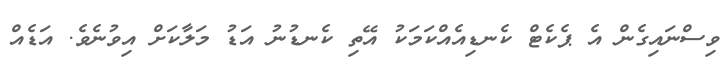
ވިސްނައިގެން އެ ޕެކެޓް ކެނޑިއެއްކަމަކު އޭތި ކެނޑުނު އަޑު މަލާކަށް އިވުނެވެ. އަޑެއް